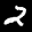
Label: 2